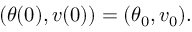
\begin{array} { r } { ( \theta ( 0 ) , v ( 0 ) ) = ( \theta _ { 0 } , v _ { 0 } ) . } \end{array}